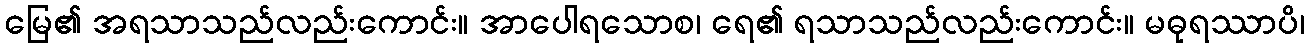
မြေ၏ အရသာသည်လည်းကောင်း။ အာပေါရသောစ၊ ရေ၏ ရသာသည်လည်းကောင်း။ မဓုရဿာပိ၊